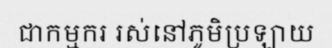
ជាកម្មករ រស់នៅភូមិប្រឡាយ